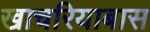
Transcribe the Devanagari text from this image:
खाचरियाबास